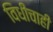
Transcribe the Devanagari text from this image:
विधींचाही